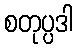
စတုပ္ပဒါ